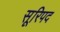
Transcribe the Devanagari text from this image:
सूरिपद